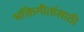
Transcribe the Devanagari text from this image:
भक्तिगीतांसाठी